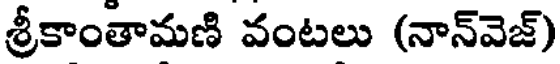
శ్రీకాంతామణి వంటలు (నాన్వెజ్)